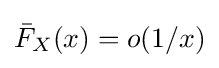
{\bar {F}}_{X}(x)=o(1/x)